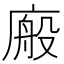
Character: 𭙩